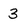
Character: 3